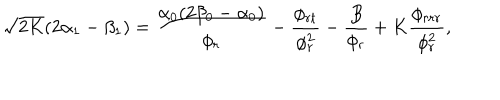
LaTeX: \sqrt { 2 K } ( 2 \alpha _ { 1 } - \beta _ { 1 } ) = \frac { \alpha _ { 0 } ( 2 \beta _ { 0 } - \alpha _ { 0 } ) } { \phi _ { r } } - \frac { \phi _ { r t } } { \phi _ { r } ^ { 2 } } - \frac { B } { \phi _ { r } } + K \frac { \phi _ { r r r } } { \phi _ { r } ^ { 2 } } ,